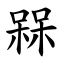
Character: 槑